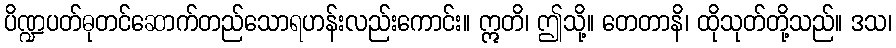
ပိဏ္ဍပတ်ဓုတင်ဆောက်တည်သောရဟန်းလည်းကောင်း။ ဣတိ၊ ဤသို့။ တေတာနိ၊ ထိုသုတ်တို့သည်။ ဒသ၊